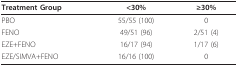
| Treatment Group | <30% | ≥30% |
 | --- | --- | --- |
 | PBO | 55/55 (100) | 0 |
 | FENO | 49/51 (96) | 2/51 (4) |
 | EZE+FENO | 16/17 (94) | 1/17 (6) |
 | EZE/SIMVA+FENO | 16/16 (100) | 0 |